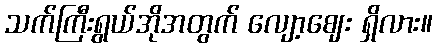
သက်ကြီးရွယ်အိုအတွက် လျော့ဈေး ရှိလား။